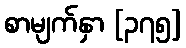
စာမျက်နှာ [၃၇၅]